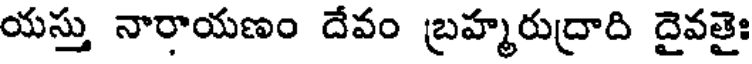
యస్తు నారాయణం దేవం బ్రహ్మరుద్రాది దైవతైః